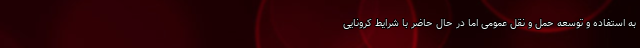
به استفاده و توسعه حمل و نقل عمومی اما در حال حاضر با شرایط کرونایی